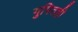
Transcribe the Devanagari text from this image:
गुपितही